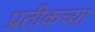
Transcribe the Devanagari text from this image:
प्रतीकच्या